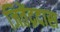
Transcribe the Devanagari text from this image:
जितेंद्रदास